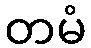
တမံ